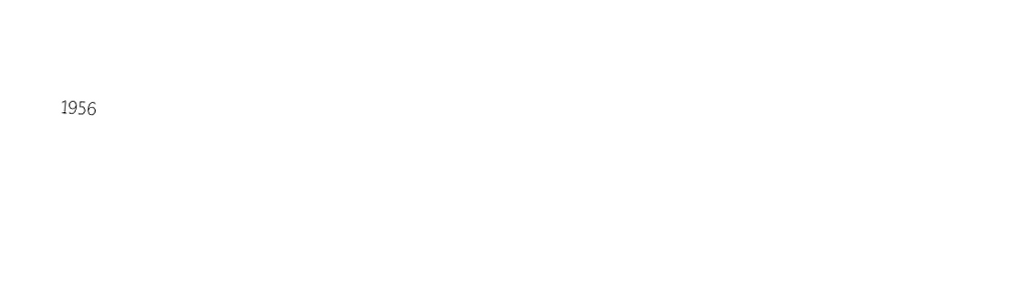

1956